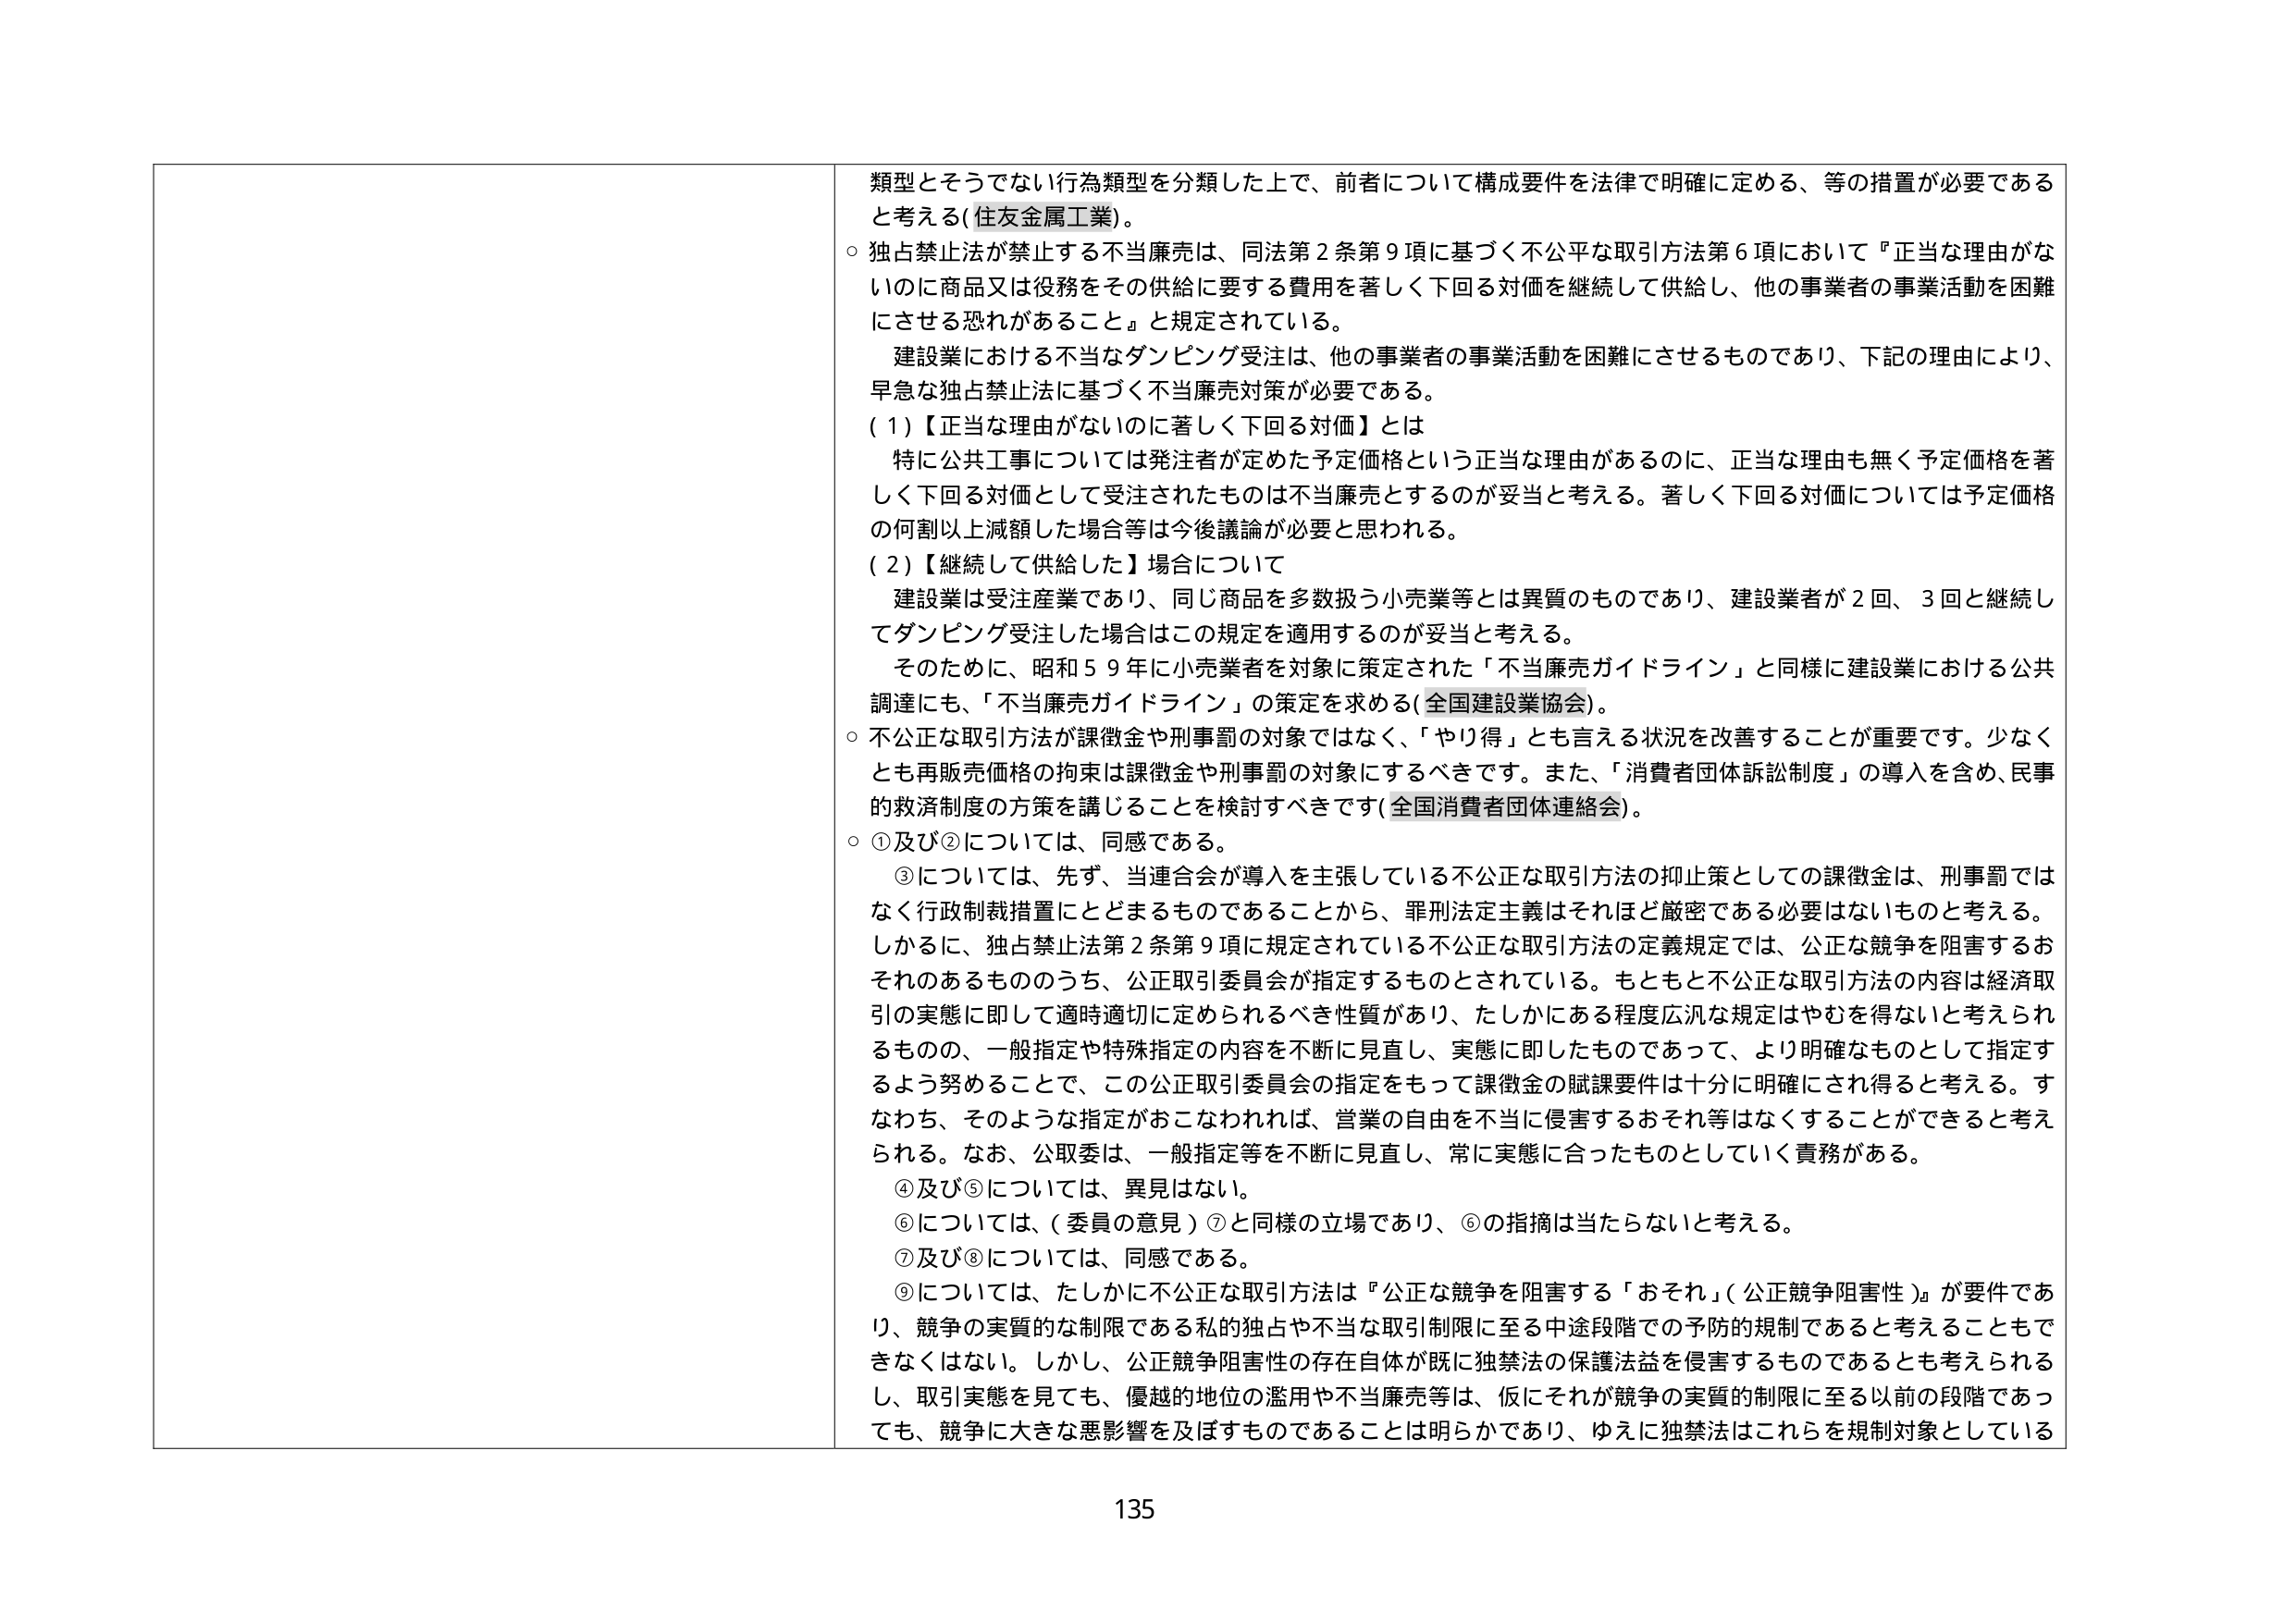
類型とそうでない行為類型を分類した上で、前者について構成要件を法律で明確に定める、等の措置が必要であると考える(住友金属工業)。

○ 独占禁止法が禁止する不当廉売は、同法第2条第9項に基づく不公平な取引方法第6項において『正当な理由がないのに商品又は役務をその供給に要する費用を著しく下回る対価を継続して供給し、他の事業者の事業活動を困難にさせる恐れがあること』と規定されている。

建設業における不当なダンピング受注は、他の事業者の事業活動を困難にさせるものであり、下記の理由により、早急な独占禁止法に基づく不当廉売対策が必要である。

(1)【正当な理由がないのに著しく下回る対価】とは

特に公共工事については発注者が定めた予定価格という正当な理由があるのに、正当な理由も無く予定価格を著しく下回る対価として受注されたものは不当廉売とするのが妥当と考える。著しく下回る対価については予定価格の何割以上減額した場合等は今後議論が必要と思われる。

(2)【継続して供給した】場合について

建設業は受注産業であり、同じ商品を多数扱う小売業等とは異質のものであり、建設業者が2回、3回と継続してダンピング受注した場合はこの規定を適用するのが妥当と考える。

そのため、昭和59年に小売業者を対象に策定された「不当廉売ガイドライン」と同様に建設業における公共調達にも、「不当廉売ガイドライン」の策定を求める(全国建設業協会)。

○ 不公正な取引方法が課徴金や刑事罰の対象ではなく、「やり得」とも言える状況を改善することが重要です。少なくとも再販売価格の拘束は課徴金や刑事罰の対象にするべきです。また、「消費者団体訴訟制度」の導入を含め、民事的救済制度の方策を講じることを検討すべきです(全国消費者団体連絡会)。

○ ①及び②については、同感である。

③については、先ず、当連合会が導入を主張している不公正な取引方法の抑止策としての課徴金は、刑事罰ではなく行政制裁措置にとどまるものであることから、罪刑法定主義はそれほど厳密である必要はないものと考える。しかるに、独占禁止法第2条第9項に規定されている不公正な取引方法の定義規定では、公正な競争を阻害するおそれのあるもののうち、公正取引委員会が指定するものとされている。もともと不公正な取引方法の内容は経済取引の実態に即して適時適切に定められるべき性質があり、たしかにある程度広汎な規定はやむを得ないと考えられるものの、一般指定や特殊指定の内容を不断に見直し、実態に即したものであって、より明確なものとして指定するよう努めることで、この公正取引委員会の指定をもって課徴金の賦課要件は十分に明確にされ得ると考える。すなわち、そのような指定がおこなわれれば、営業の自由を不当に侵害するおそれ等はなくすることができると考えられる。なお、公取委は、一般指定等を不断に見直し、常に実態に合ったものとしていく責務がある。

④及び⑤については、異見はない。

⑥については、(委員の意見)⑦と同様の立場であり、⑥の指摘は当たらないと考える。

⑦及び⑧については、同感である。

⑨については、たしかに不公正な取引方法は『公正な競争を阻害する「おそれ」(公正競争阻害性)』が要件であり、競争の実質的な制限である私的独占や不当な取引制限に至る中途段階での予防的規制であると考えることもできなくはない。しかし、公正競争阻害性の存在自体が既に独禁法の保護法益を侵害するものであるとも考えられるし、取引実態を見ても、優越的地位の濫用や不当廉売等は、仮にそれが競争の実質的制限に至る以前の段階であっても、競争に大きな悪影響を及ぼすものであることは明らかであり、ゆえに独禁法はこれらを規制対象としている

135